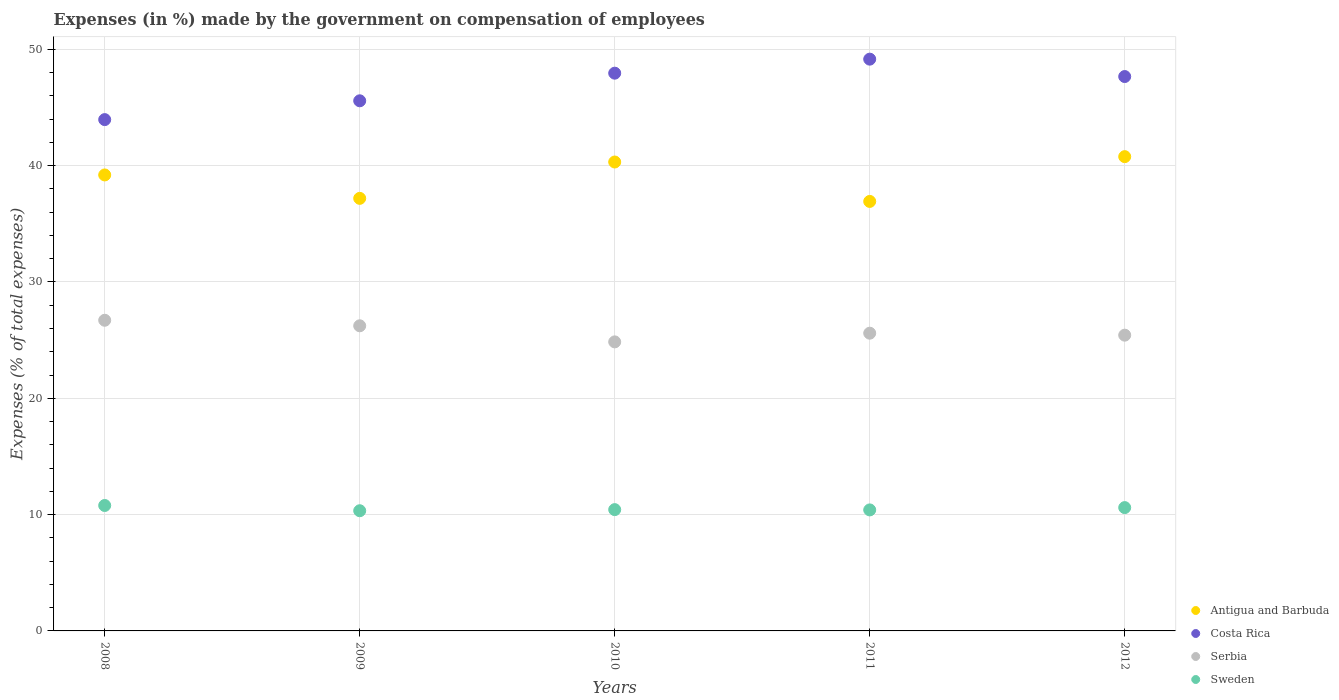
| Years | Antigua and Barbuda | Costa Rica | Serbia | Sweden |
 | --- | --- | --- | --- | --- |
 | 2008 | 39.2 | 44 | 26.7 | 10.8 |
 | 2009 | 37.2 | 45.6 | 26.2 | 10.3 |
 | 2010 | 40.3 | 48 | 24.8 | 10.4 |
 | 2011 | 36.9 | 49.2 | 25.6 | 10.4 |
 | 2012 | 40.8 | 47.7 | 25.4 | 10.6 |